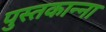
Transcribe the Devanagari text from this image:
पुस्तकान्ना